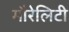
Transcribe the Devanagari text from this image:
मौरेलिटी